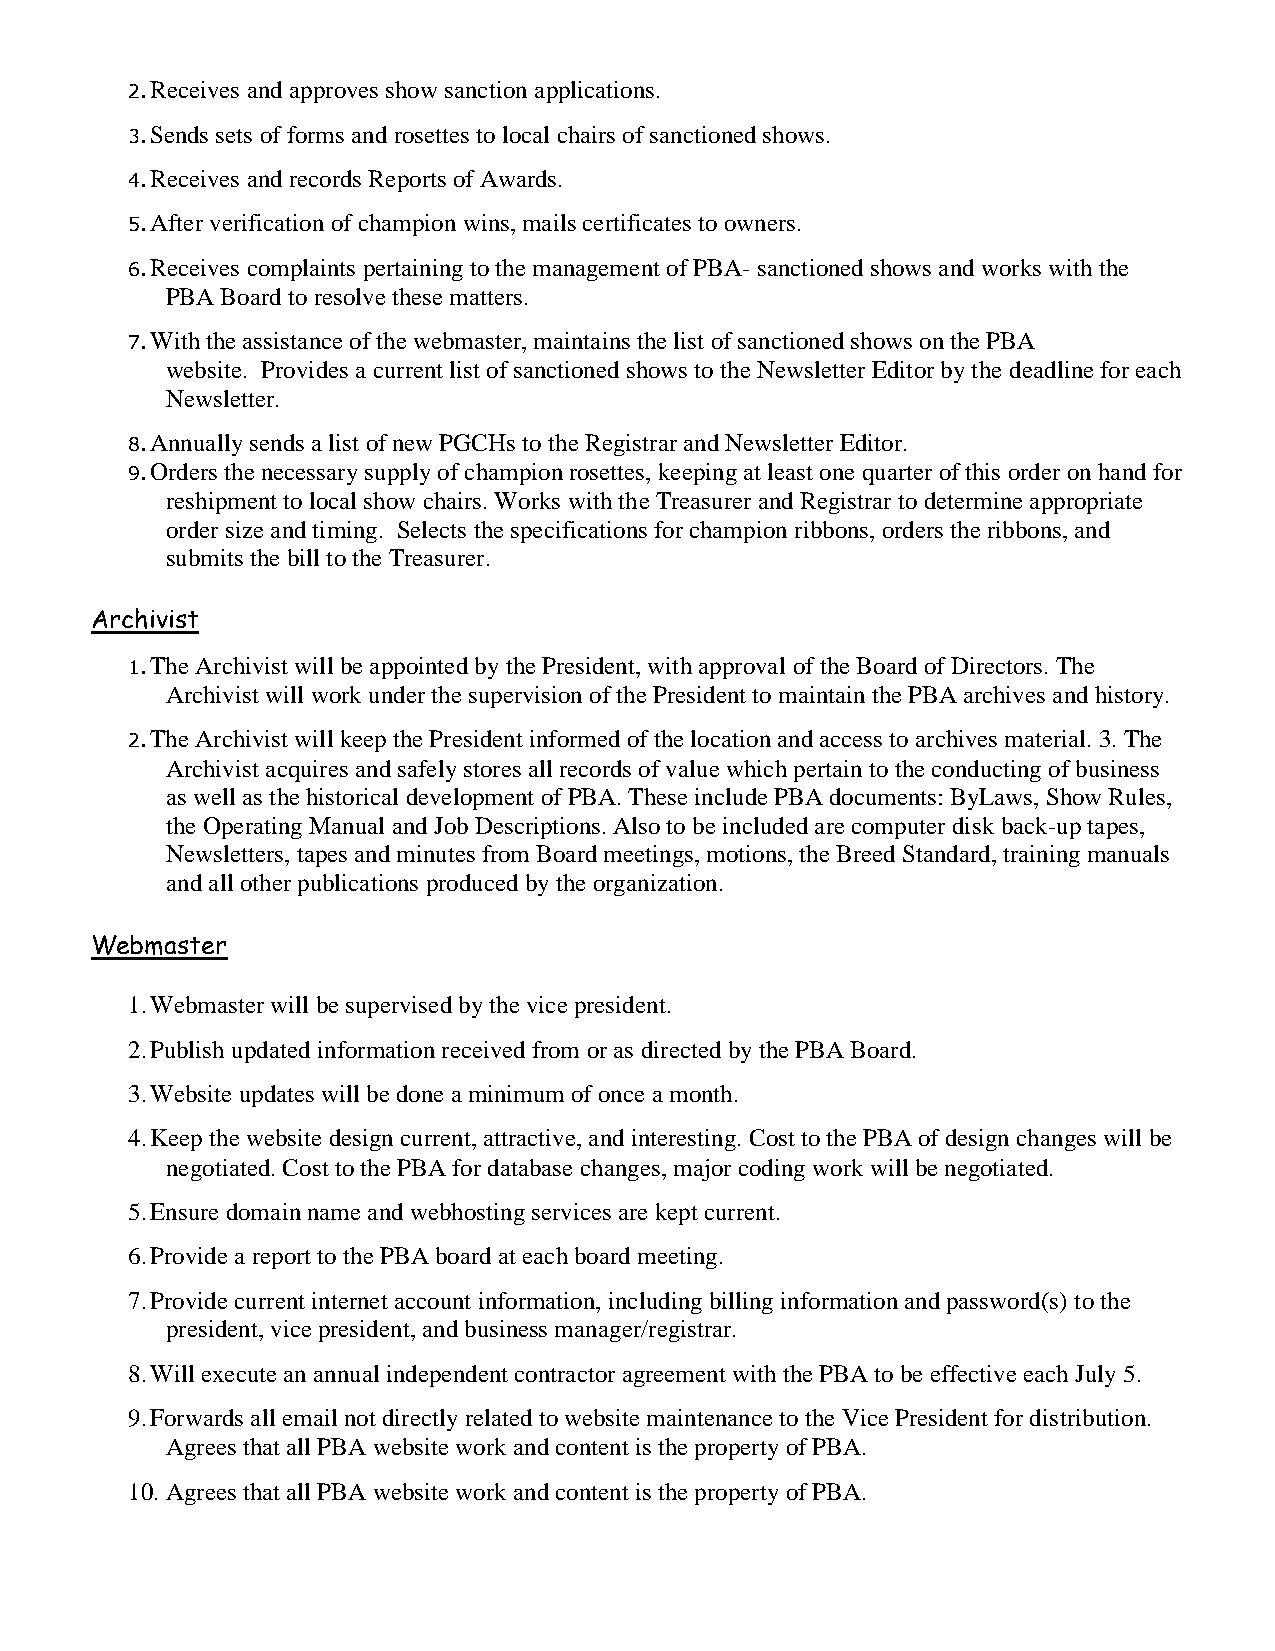
2. Receives and approves show sanction applications.
 3. Sends sets of forms and rosettes to local chairs of sanctioned shows.
 4. Receives and records Reports of Awards.
 5. After verification of champion wins, mails certificates to owners.
 6. Receives complaints pertaining to the management of PBA- sanctioned shows and works with the
 PBA Board to resolve these matters.
 7. With the assistance of the webmaster, maintains the list of sanctioned shows on the PBA
 website. Provides a current list of sanctioned shows to the Newsletter Editor by the deadline for each
 Newsletter.
 8. Annually sends a list of new PGCHs to the Registrar and Newsletter Editor.
 9. Orders the necessary supply of champion rosettes, keeping at least one quarter of this order on hand for
 reshipment to local show chairs. Works with the Treasurer and Registrar to determine appropriate
 order size and timing. Selects the specifications for champion ribbons, orders the ribbons, and
 submits the bill to the Treasurer.
 Archivist
 1. The Archivist will be appointed by the President, with approval of the Board of Directors. The
 Archivist will work under the supervision of the President to maintain the PBA archives and history.
 2. The Archivist will keep the President informed of the location and access to archives material. 3. The
 Archivist acquires and safely stores all records of value which pertain to the conducting of business
 as well as the historical development of PBA. These include PBA documents: ByLaws, Show Rules,
 the Operating Manual and Job Descriptions. Also to be included are computer disk back-up tapes,
 Newsletters, tapes and minutes from Board meetings, motions, the Breed Standard, training manuals
 and all other publications produced by the organization.
 Webmaster
 1. Webmaster will be supervised by the vice president.
 2. Publish updated information received from or as directed by the PBA Board.
 3. Website updates will be done a minimum of once a month.
 4. Keep the website design current, attractive, and interesting. Cost to the PBA of design changes will be
 negotiated. Cost to the PBA for database changes, major coding work will be negotiated.
 5. Ensure domain name and webhosting services are kept current.
 6. Provide a report to the PBA board at each board meeting.
 7. Provide current internet account information, including billing information and password(s) to the
 president, vice president, and business manager/registrar.
 8. Will execute an annual independent contractor agreement with the PBA to be effective each July 5.
 9. Forwards all email not directly related to website maintenance to the Vice President for distribution.
 Agrees that all PBA website work and content is the property of PBA.
 10. Agrees that all PBA website work and content is the property of PBA.